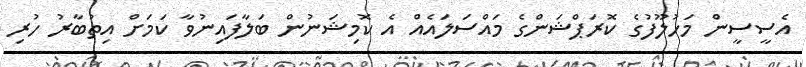
އެސީސީން މަހުލޫފުގެ ކޮރަޕްޝަންގެ މައްސަލައެއް އެ ކޮމިޝަނުން ބަލާފައިނުވާ ކަމަށް އިތުބާރު ހުރި